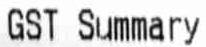
GST SUMMARY